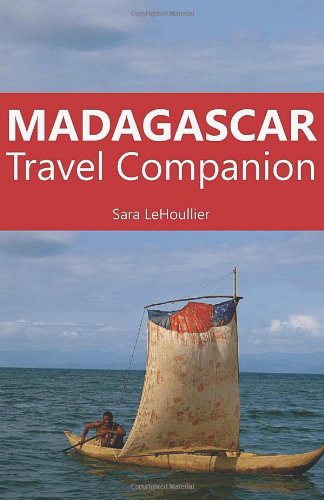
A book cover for Madagascar (Travel Companion); Sara Lehoullier; Travel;